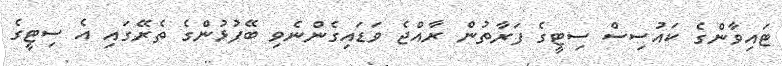
ޓައިވާންގެ ކައުސިސް ސިޓީގެ ފަރާތުން ރާއްޖެ ވަޑައިގެންނެވި ބޭފުޅުންގެ ތެރޭގައި އެ ސިޓީގެ